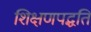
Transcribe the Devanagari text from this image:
शिक्षणपद्धति